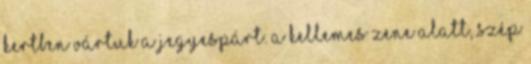
kertben vártuk a jegyespárt. A kellemes zene alatt, szép